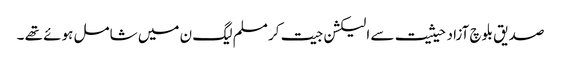
صدیق بلوچ آزاد حیثیت سے الیکشن جیت کر مسلم لیگ ن میں شامل ہوئے تھے ۔